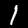
Label: 1